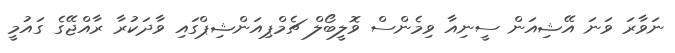
ނަވާރަ ވަނަ އޭޝިއަން ސީނިއާ ވިމެންސް ވޮލީބޯލް ޗެމްޕިއަންޝިޕްގައި ވާދަކުރާ ރާއްޖޭގެ ގައުމީ